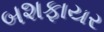
બશફાયર